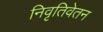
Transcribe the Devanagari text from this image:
निवृतिवेतन